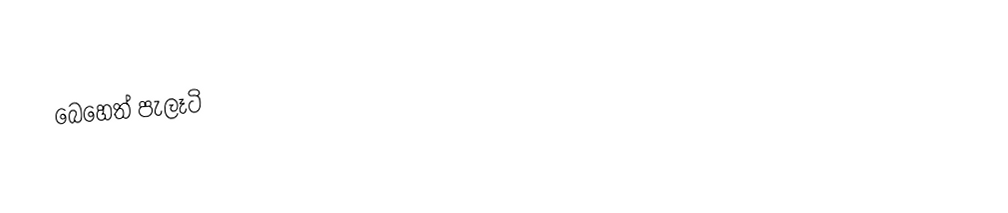
බෙහෙත් පැලෑටි